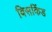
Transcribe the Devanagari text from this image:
बिसकिंड